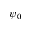
\psi _ { 0 }